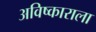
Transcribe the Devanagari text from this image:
अविष्काराला